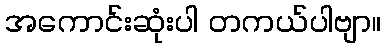
အကောင်းဆုံးပါ တကယ်ပါဗျာ။